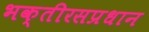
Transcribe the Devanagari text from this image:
भक्तीरसप्रधान